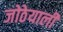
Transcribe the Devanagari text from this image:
जोठेयाली